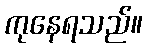
ကုနေရသည်။